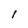
Character: l